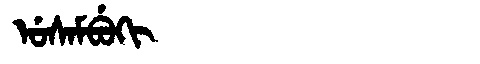
Manchu: ᡠᠰᠠᠮᠪᡠᡴᡳ
Romanization: USAMBUKI